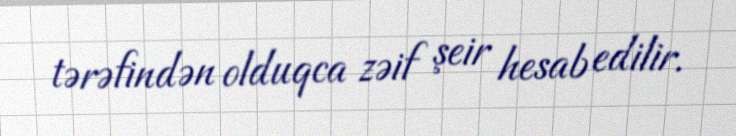
tərəfindən olduqca zəif şeir hesab edilir.